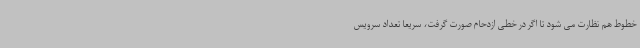
خطوط هم نظارت می شود تا اگر در خطی ازدحام صورت گرفت، سریعا تعداد سرویس